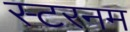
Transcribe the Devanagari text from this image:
स्टरनम